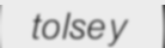
tolsey